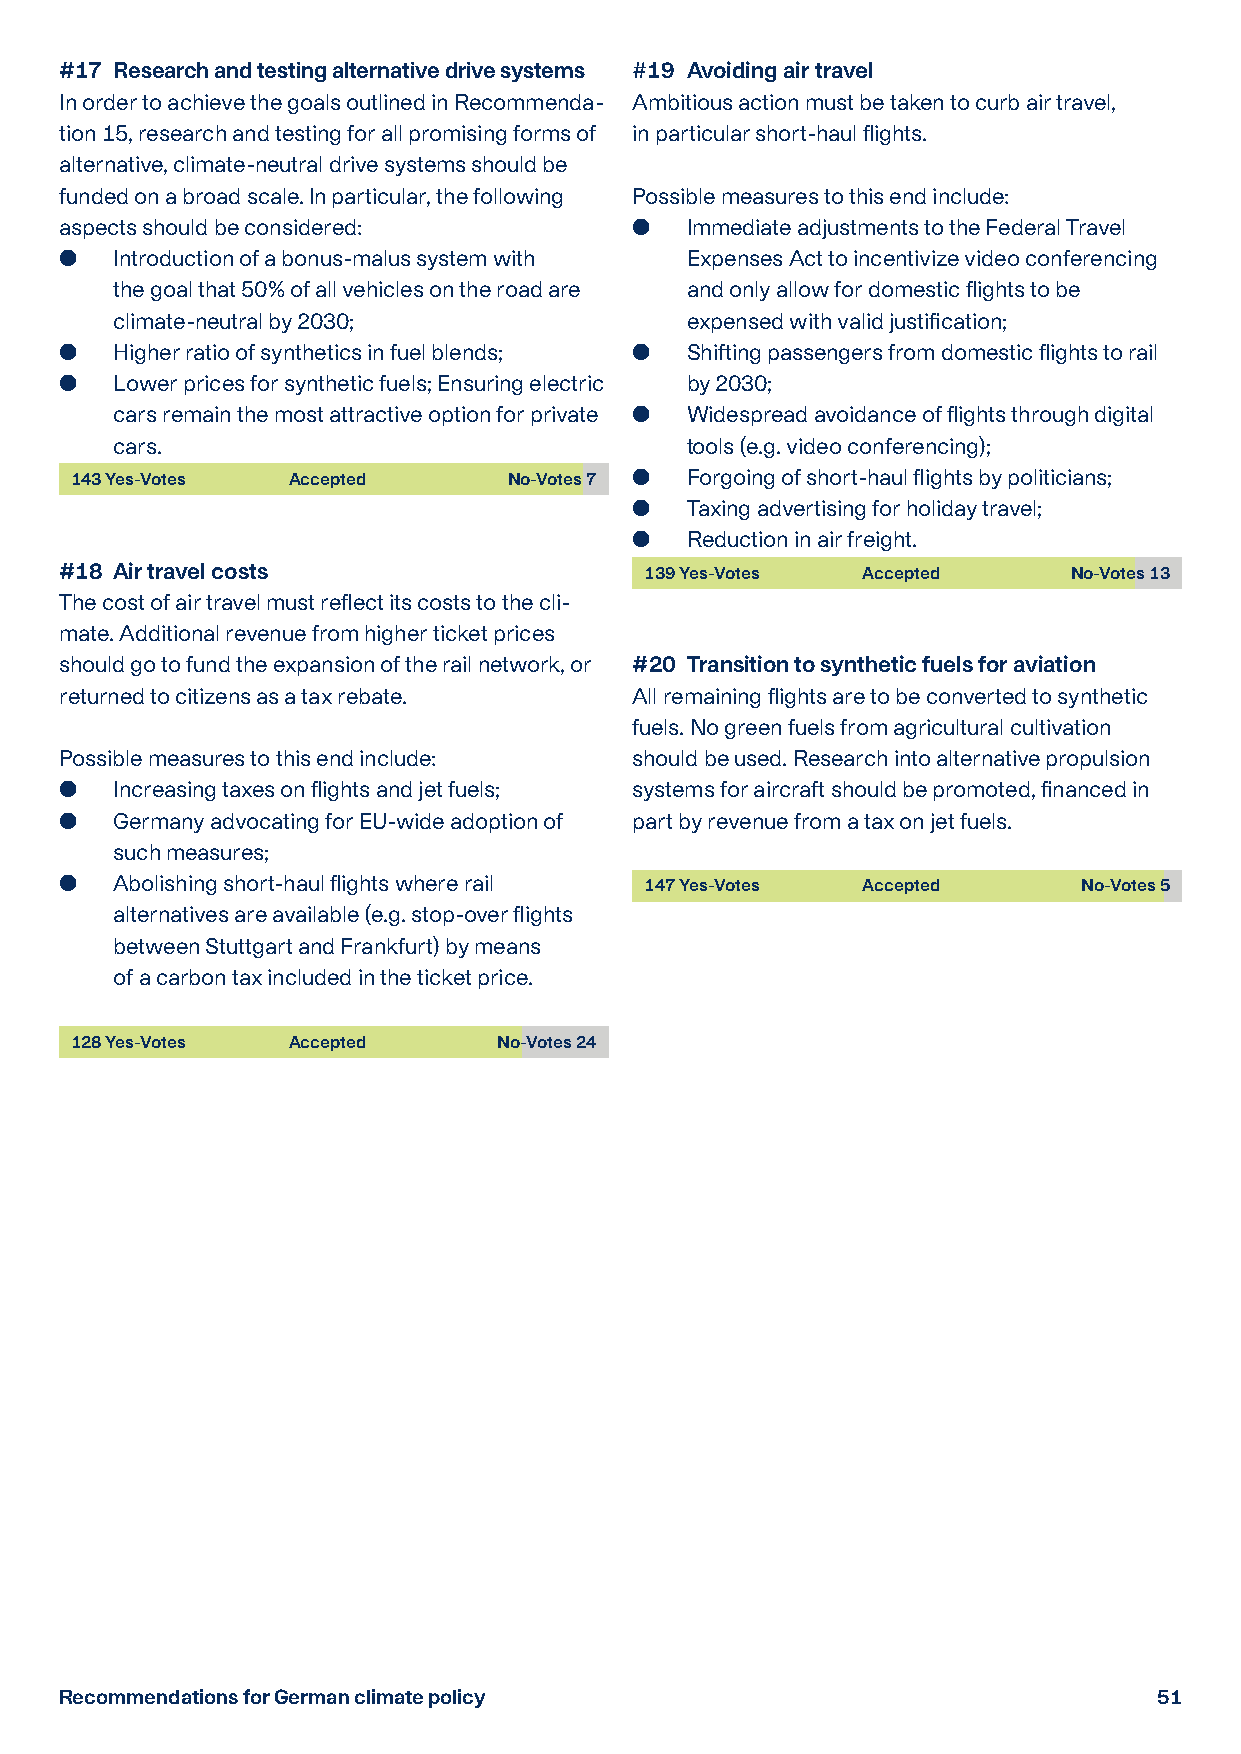
#17 Research and testing alternative drive systems #19 Avoiding air travel
 In order to achieve the goals outlined in Recommenda- Ambitious action must be taken to curb air travel,
 tion 15, research and testing for all promising forms of in particular short-haul flights.
 alternative, climate-neutral drive systems should be
 funded on a broad scale. In particular, the following Possible measures to this end include:
 aspects should be considered:           I mmediate adjustments to the Federal Travel
   I ntroduction of a bonus-malus system with Expenses Act to incentivize video conferencing
 the goal that 50% of all vehicles on the road are and only allow for domestic flights to be
 climate-neutral by 2030;              expensed with valid justification;
   Higher ratio of synthetics in fuel blends;  S hifting passengers from domestic flights to rail
   L ower prices for synthetic fuels; Ensuring electric by 2030;
 cars remain the most attractive option for private  W idespread avoidance of flights through digital
 cars.                                 tools (e.g. video conferencing);
 143 Yes-Votes Accepted       No-Votes 7  F orgoing of short-haul flights by politicians;
   T axing advertising for holiday travel;
   Reduction in air freight.
 #18 Air travel costs                   139 Yes-Votes Accepted      No-Votes 13
 The cost of air travel must reflect its costs to the cli-
 mate. Additional revenue from higher ticket prices
 should go to fund the expansion of the rail network, or #20 T ransition to synthetic fuels for aviation
 returned to citizens as a tax rebate. All remaining flights are to be converted to synthetic
 fuels. No green fuels from agricultural cultivation
 Possible measures to this end include: should be used. Research into alternative propulsion
   I ncreasing taxes on flights and jet fuels; systems for aircraft should be promoted, financed in
   G ermany advocating for EU-wide adoption of part by revenue from a tax on jet fuels.
 such measures;
   A bolishing short-haul flights where rail 147 Yes-Votes Accepted No-Votes 5
 alternatives are available (e.g. stop-over flights
 between Stuttgart and Frankfurt) by means
 of a carbon tax included in the ticket price.
 128 Yes-Votes Accepted      No-Votes 24
 Recommendations for German climate policy                                51